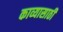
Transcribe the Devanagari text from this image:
काव्यासाठी